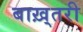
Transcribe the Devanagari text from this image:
बाख़्तरी